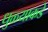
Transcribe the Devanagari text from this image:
धुळ्याकडे